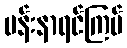
ပန်းနာရင်ကြပ်